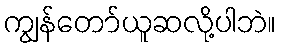
ကျွန်တော်ယူဆလို့ပါဘဲ။